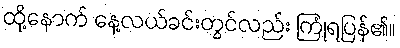
ထို့နောက် နေ့လယ်ခင်းတွင်လည်း ကြုံရပြန်၏။